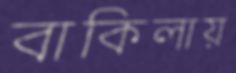
বাকিলায়